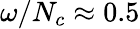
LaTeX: \omega/N_{c}\approx 0.5